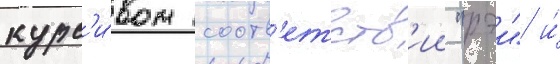
курс'и́вом соотв'етств'ии "рэи" и́